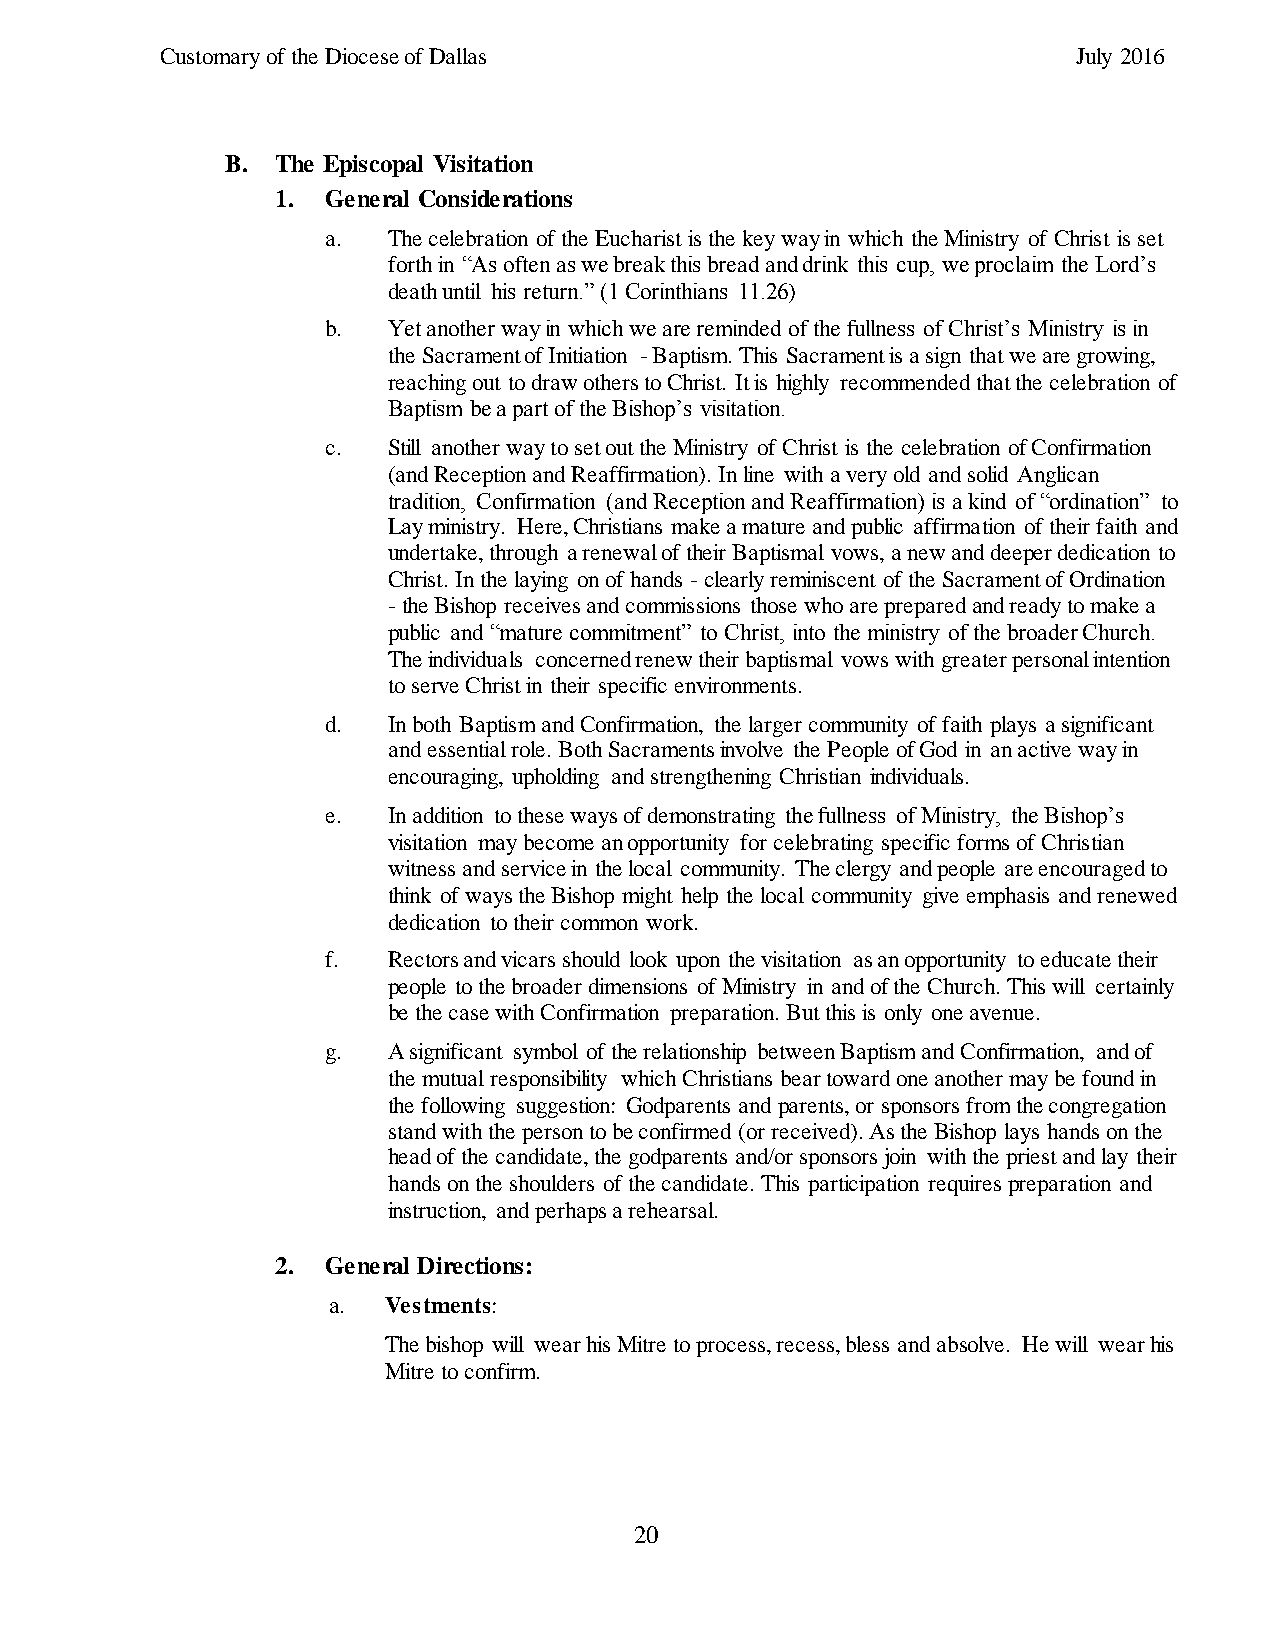
Customary of the Diocese of Dallas                          July 2016
 B. The Episcopal Visitation
 1.  General Considerations
 a.  The celebration of the Eucharist is the key way in which the Ministry of Christ is set
 forth in “As often as we break this bread and drink this cup, we proclaim the Lord’s
 death until his return.” (1 Corinthians 11.26)
 b.  Yet another way in which we are reminded of the fullness of Christ’s Ministry is in
 the Sacrament of Initiation - Baptism. This Sacrament is a sign that we are growing,
 reaching out to draw others to Christ. It is highly recommended that the celebration of
 Baptism be a part of the Bishop’s visitation.
 c.  Still another way to set out the Ministry of Christ is the celebration of Confirmation
 (and Reception and Reaffirmation). In line with a very old and solid Anglican
 tradition, Confirmation (and Reception and Reaffirmation) is a kind of “ordination” to
 Lay ministry. Here, Christians make a mature and public affirmation of their faith and
 undertake, through a renewal of their Baptismal vows, a new and deeper dedication to
 Christ. In the laying on of hands - clearly reminiscent of the Sacrament of Ordination
 - the Bishop receives and commissions those who are prepared and ready to make a
 public and “mature commitment” to Christ, into the ministry of the broader Church.
 The individuals concerned renew their baptismal vows with greater personal intention
 to serve Christ in their specific environments.
 d.  In both Baptism and Confirmation, the larger community of faith plays a significant
 and essential role. Both Sacraments involve the People of God in an active way in
 encouraging, upholding and strengthening Christian individuals.
 e.  In addition to these ways of demonstrating the fullness of Ministry, the Bishop’s
 visitation may become an opportunity for celebrating specific forms of Christian
 witness and service in the local community. The clergy and people are encouraged to
 think of ways the Bishop might help the local community give emphasis and renewed
 dedication to their common work.
 f.  Rectors and vicars should look upon the visitation as an opportunity to educate their
 people to the broader dimensions of Ministry in and of the Church. This will certainly
 be the case with Confirmation preparation. But this is only one avenue.
 g.  A significant symbol of the relationship between Baptism and Confirmation, and of
 the mutual responsibility which Christians bear toward one another may be found in
 the following suggestion: Godparents and parents, or sponsors from the congregation
 stand with the person to be confirmed (or received). As the Bishop lays hands on the
 head of the candidate, the godparents and/or sponsors join with the priest and lay their
 hands on the shoulders of the candidate. This participation requires preparation and
 instruction, and perhaps a rehearsal.
 2.  General Directions:
 a. Vestments:
 The bishop will wear his Mitre to process, recess, bless and absolve. He will wear his
 Mitre to confirm.
 20